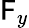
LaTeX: \mathsf{F}_{y}